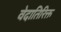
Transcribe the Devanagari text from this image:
वेदातिरिक्त